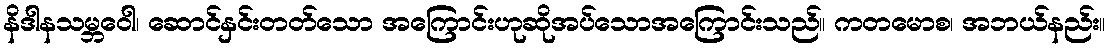
နိဒါနသမ္ဘဝေါ၊ ဆောင်နှင်းတတ်သော အကြောင်းဟုဆိုအပ်သောအကြောင်းသည်။ ကတမောစ၊ အဘယ်နည်း။